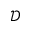
\mathcal { D }